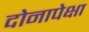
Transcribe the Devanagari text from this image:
दोनापेक्षा